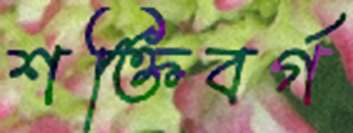
শক্তিবর্গ